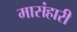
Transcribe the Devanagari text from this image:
मासंहारी